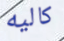
كاليه